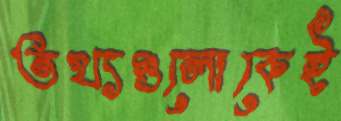
তথ্যগুলোকেই